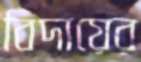
বিদায়ের